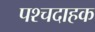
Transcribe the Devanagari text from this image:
पश्चदाहक